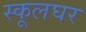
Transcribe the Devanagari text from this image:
स्कूलघर